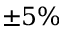
\pm 5 \%